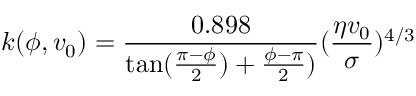
k ( \phi , v _ { 0 } ) = \frac { 0 . 8 9 8 } { \tan ( \frac { \pi - \phi } { 2 } ) + \frac { \phi - \pi } { 2 } ) } ( \frac { \eta v _ { 0 } } { \sigma } ) ^ { 4 / 3 }